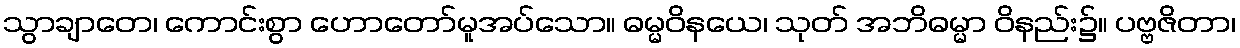
သွာချာတေ၊ ကောင်းစွာ ဟောတော်မူအပ်သော။ ဓမ္မဝိနယေ၊ သုတ် အဘိဓမ္မာ ဝိနည်း၌။ ပဗ္ဗဇိတာ၊